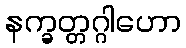
နက္ခတ္တဂ္ဂါဟော